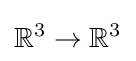
\mathbb {R} ^{3}\to \mathbb {R} ^{3}